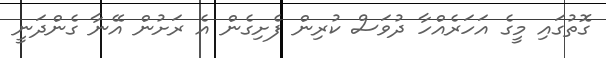
ގޮތުގައި މީގެ އަހަރެއްހާ ދުވަސް ކުރިން ފެށިގެން އެ ރަށުން އޭނާ ގެންދަނީ